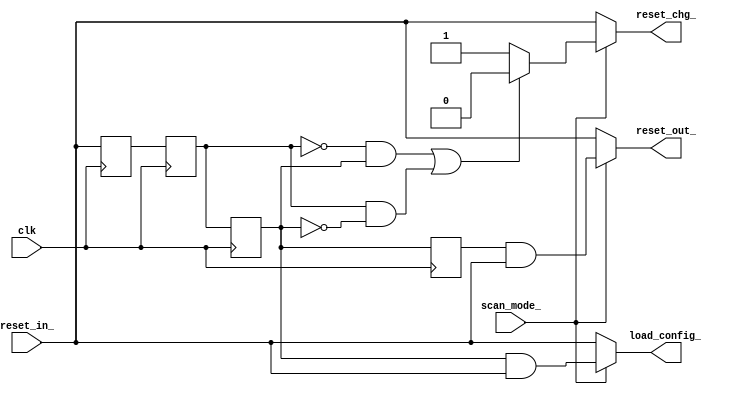
//-----------------------------------------------------------------------------
// Title         : Reset sync
// Project       : SIP
//-----------------------------------------------------------------------------
//-----------------------------------------------------------------------------
// Description : Synchronizes the reset_ input to the clock and provides
//               load_config_ for configuration inputs
//-----------------------------------------------------------------------------
// Copyright (c) 2007  Marvell International Ltd.
//
// THIS CODE CONTAINS CONFIDENTIAL INFORMATION OF MARVELL SEMICONDUCTOR, INC.
// NO RIGHTS ARE GRANTED HEREIN UNDER ANY PATENT, MASK WORK RIGHT OR COPYRIGHT
// OF MARVELL OR ANY THIRD PARTY. MARVELL RESERVES THE RIGHT AT ITS SOLE
// DISCRETION TO REQUEST THAT THIS CODE BE IMMEDIATELY RETURNED TO MARVELL.
// THIS CODE IS PROVIDED "AS IS". MARVELL MAKES NO WARRANTIES, EXPRESS,
// IMPLIED OR OTHERWISE, REGARDING ITS ACCURACY, COMPLETENESS OR PERFORMANCE.
//
//------------------------------------------------------------------------------
// Modification history :
// 12/12/2007  : created
//-----------------------------------------------------------------------------

/////////////////////////////////////////////
//MODULE tg_p_reset_sync
/////////////////////////////////////////////
module sip_reset_sync (/*AUTOARG*/
  // Outputs
  load_config_, reset_out_, reset_chg_, 
  // Inputs
  clk, reset_in_, scan_mode_
  ); //module hi_reset_sync.




  //-------------------------------------------------------------------------
  // Interface (input/output) signals Declaration file
  //-------------------------------------------------------------------------
  input clk;        
  input reset_in_;   // RESET input pin from pad
  input scan_mode_;   // scan mode indication
  output load_config_ ;   // load_enable_ for configuration inputs
  output reset_out_;   // internal reset_ synchronized to clk
  output reset_chg_;   // Change has occured in reset signal
  //-------------------------------------------------------------------------
  // Internal signals Declaration file
  //-------------------------------------------------------------------------
  reg 	 reset_synch1_; // reset_ synchronizer #1
  reg 	 reset_synch2_; // reset_ synchronizer #2
  reg 	 reset_synch3_; // reset_ synchronizer #3
  reg 	 reset_synch4_; // reset_ synchronizer #4
  wire   reset_chg_tmp_;// difference in value of sync2 and sync3
  //-------------------------------------------------------------------------

///////////////////////////////////////////////////////////////////////////
// 
// CASE#1: RESET PIN ASSERTION (going LOW)  (assertion is not synch'ed)
// 	===============================
// 
//                 |        |        |        |        |        |  
//  clk           _/~~~~\___/~~~~\___/~~~~\___/~~~~\___/~~~~\___/~
//                 |        |        |        |        |        |  
// reset_in_      ~~~~~~~\_______________________________________ input pin
//                 |        |        |        |        |        |
// load_config_   ~~~~~~~\________________________________________ sync load_
//                 |        |        |        |        |        |  
// reset_out_     ~~~~~~~\________________________________________ sync reset_
//                 |        |        |        |        |        |
// reset_chg_     ~~~~~~~~~~~~~~~~~~~~\________/~~~~~~~~~~~~~~~~~
//                 |        |        |        |        |        |
// 
//
// CASE#2: RESET PIN DE-ASSERTION (going HIGH) (de-assertion is synch'ed)
// 	==================================
// 
//                 |        |        |        |        |        |  
//  clk           _/~~~~\___/~~~~\___/~~~~\___/~~~~\___/~~~~\___/~
//                 |        |        |        |        |        |  
// reset_in_      _______/~~~~~~~~~~~~~~~~~~~~~~~~~~~~~~~~~~~~~~~~ input pin
//                 |        |        |        |        |        |  
//  ** CASE2.1 early synchronization
//                 |        |        |        |        |        |  
// load_config_   _____________________________/~~~~~~~~~~~~~~~~~~ sync load_
//                 |        |        |        |        |        |  
// reset_out_     ______________________________________/~~~~~~~~~ sync reset_
//                 |        |        |        |        |        |  
//  ** CASE2.2 late synchronization
//                 |        |        |        |        |        |  
// load_config_   ______________________________________/~~~~~~~~~ sync load_
//                 |        |        |        |        |        |  
// reset_out_     _______________________________________________/~ sync reset_
//                 |        |        |        |        |        |
// reset_chg_     ~~~~~~~~~~~~~~~~~~~~\________/~~~~~~~~~~~~~~~~~
//                 |        |        |        |        |        |
// 
//   NOTE: reset_in_ de-assertion is asynchronous, therefore the internal
//         reset signals may be de-asserted "early" or "late" as
//         described above.
//
///////////////////////////////////////////////////////////////////////////
//-------------------------------------------------------------------------
// module BODY
//-------------------------------------------------------------------------

  // bypass syncronizers if scan_mode_ is active (LOW)
  assign load_config_  = (scan_mode_ == 1'b0) ? (reset_in_) :
			 (reset_synch3_ & reset_in_);
  assign reset_out_    = (scan_mode_ == 1'b0) ? (reset_in_) :
			 (reset_synch4_ & reset_in_);

  assign reset_chg_tmp_ = (((reset_synch2_ == 1'b0) && (reset_synch3_ == 1'b1)) ||
			   ((reset_synch2_ == 1'b1) && (reset_synch3_ == 1'b0))) ? 1'b0 : 1'b1;
  
  assign reset_chg_    = (scan_mode_ == 1'b0) ? (reset_in_) :
			 reset_chg_tmp_;
			 

		 

always @ (posedge clk)
  begin
    
    reset_synch1_       <= #1 reset_in_;
    reset_synch2_       <= #1 reset_synch1_;
    reset_synch3_       <= #1 reset_synch2_;
    reset_synch4_       <= #1 reset_synch3_;
    
  end // always @ (posedge clk)

//-------------------------------------------------------------------------
endmodule // sip_reset_sync
//-------------------------------------------------------------------------